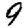
Digit: 9